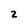
Character: 2